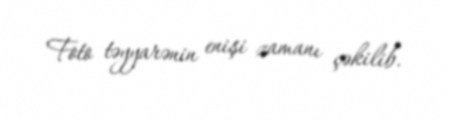
Foto təyyarənin enişi zamanı çəkilib.